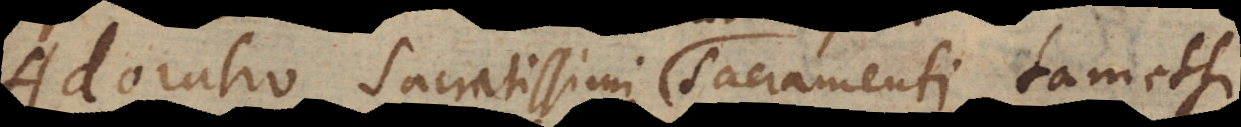
doratio Sacratissimi Sacramenti, tametsi